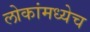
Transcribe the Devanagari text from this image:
लोकांमध्येच